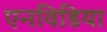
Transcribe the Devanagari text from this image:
एनविडिया